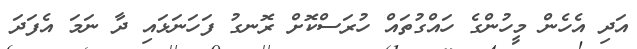
އަދި އެހެން މީހުންގެ ހައްގުތައް ހުރަސްކޮށް ރޮނގު ފަހަނަޅައި ދާ ނަމަ އެފަދަ